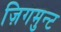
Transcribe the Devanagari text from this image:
ज़िगमुन्ट